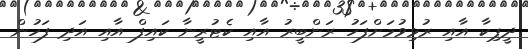
ދީޕިކާ އާއި ރުޅިވުމަށްފަހު ރަންބީރު އާއި ކެޓުރީނާ ކައިފް އާއި އަދި ފަހުން